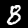
Label: 8